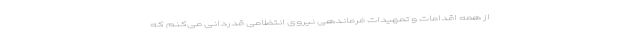
از همه اقدامات و تمهیدات فرماندهی نیروی انتظامی قدردانی می‌کنم که